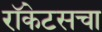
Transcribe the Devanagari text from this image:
रॉकेटसचा